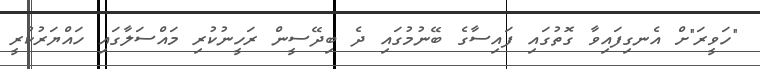
"ހަވީރަ"ށް އެނގިފައިވާ ގޮތުގައި ފައިސާގެ ބޭނުމުގައި ދެ ބިދޭސީން ރަހީނުކުރި މައްސަލާގައި ހައްޔަރުކުރީ